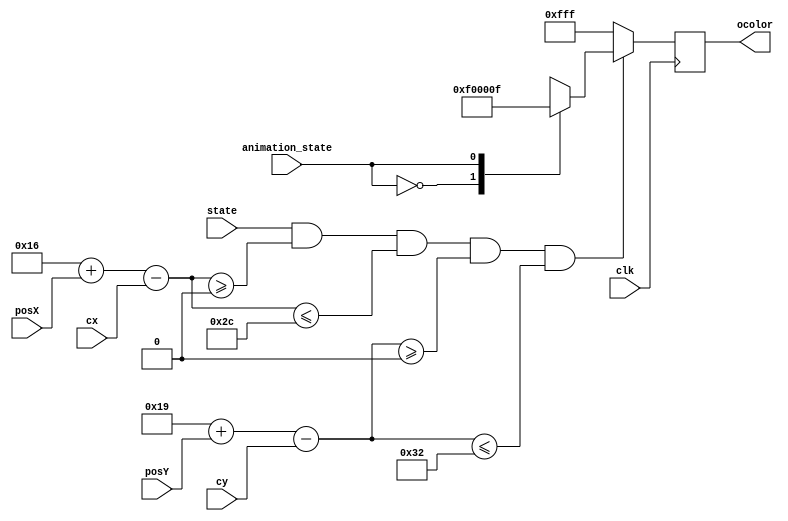
`timescale 1ns / 1ps

module debugqueue(
	input wire clk,
    input wire [9:0] cx,
    input wire [8:0] cy,
	input wire [8:0] posY,
	input wire [9:0] posX,
    input wire state,
    input wire animation_state,
	output reg [11:0] ocolor
    );

	// wire[23:0] load;
	// wire[11:0] address;

	localparam height = 50;
	localparam width = 44;

    localparam QUEUE_INITIAL = 1'b0,
               QUEUE_PLAYING = 1'b1;

    localparam QUEUE_LEFT  = 1'b0,
               QUEUE_RIGHT = 1'b1;

    wire [9:0] relative_x;
    wire [8:0] relative_y;

    assign relative_x = (width  >> 1) + posX - cx;
    assign relative_y = (height >> 1) + posY - cy;
	// IP core storing the image
	// img2 load_color(.a(address), .spo(load));
	// assign address = (row - posY) * width + (col - posX);
	always@(posedge clk)
	begin
		if(state == QUEUE_PLAYING && relative_x >= 0 && relative_x <= width && relative_y >= 0 && relative_y <= height) begin
            case (animation_state)
                QUEUE_LEFT:  ocolor = 12'hF0_0;
                QUEUE_RIGHT: ocolor = 12'h00_F;
                default: ocolor = 12'h00_0;
            endcase
        end
		else ocolor = 12'hFF_F;
	end

endmodule